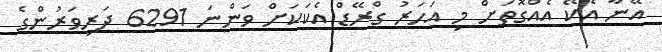
އޭނާ އެކޭ އެއްގޮތަށް މި އަހަރު ގްރޭޑް އެކަކަށް ވަންނަ 6291 ދަރިވަރުންގެ